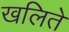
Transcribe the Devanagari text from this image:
खलिते